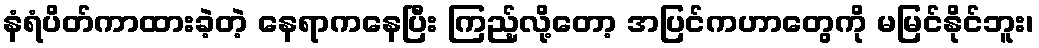
နံရံပိတ်ကာထားခဲ့တဲ့ နေရာကနေပြီး ကြည့်လို့တော့ အပြင်ကဟာတွေကို မမြင်နိုင်ဘူး၊